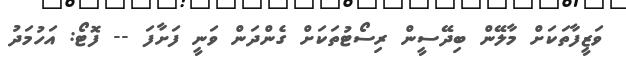
ވަޒީފާތަކަށް މާލޭން ބިދޭސީން ރިސޯޓުތަކަށް ގެންދަން ވަނީ ފަށާފަ -- ފޮޓޯ: އަހުމަދު